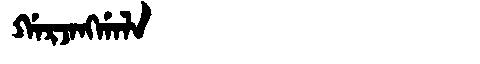
Manchu: ᡤᠠᡵᠵᠠᠩᡤᠠᠯᠠ
Romanization: GARJANGGALA